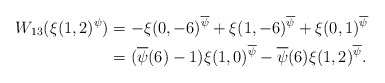
\begin{align*}W_{13} (\xi(1,2)^\psi) & = -\xi(0,-6)^{\overline{\psi}}+\xi(1,-6)^{\overline{\psi}}+\xi(0,1)^{\overline{\psi}}\\& = (\overline{\psi}(6)-1) \xi(1,0)^{\overline{\psi}} - \overline{\psi}(6) \xi(1,2)^{\overline{\psi}}.\end{align*}